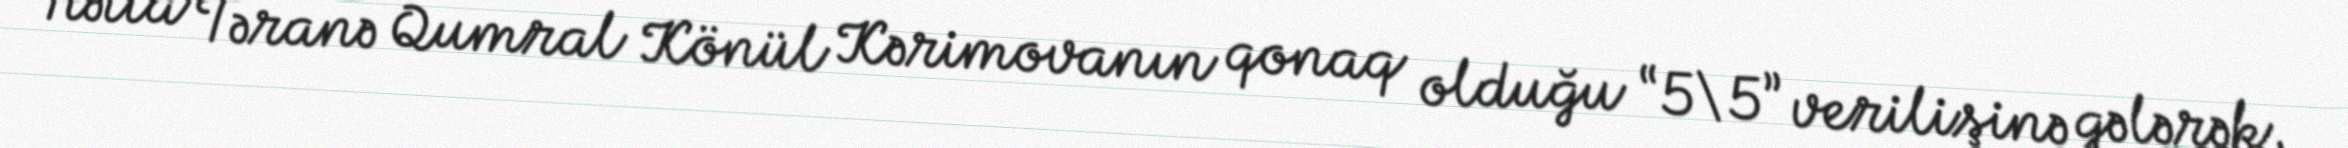
Hətta Təranə Qumral Könül Kərimovanın qonaq olduğu “5\5” verilişinə gələrək,